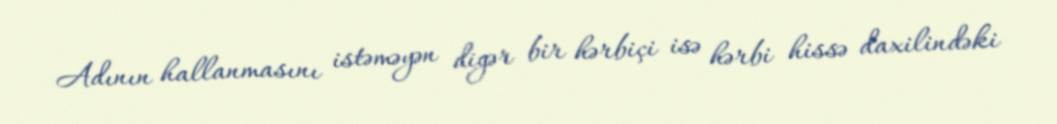
Adının hallanmasını istəməyən digər bir hərbiçi isə hərbi hissə daxilindəki